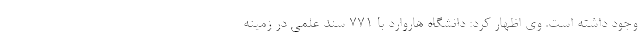
وجود داشته است. وی اظهار کرد: دانشگاه هاروارد با ۷۷۱ سند علمی در زمینه